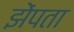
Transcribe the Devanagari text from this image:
झेंपता